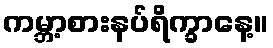
ကမ္ဘာ့စားနပ်ရိက္ခာနေ့။